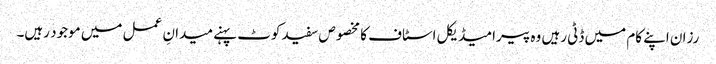
رزان اپنے کام میں ڈٹی رہیں وہ پیرامیڈیکل اسٹاف کا مخصوص سفید کوٹ پہنے میدانِ عمل میں موجود رہیں۔